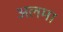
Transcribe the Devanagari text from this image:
अलमा